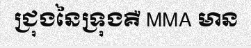
ជ្រុងនៃទ្រុងគឺ MMA មាន